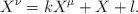
LaTeX: \begin{align*}X^{\nu}=kX^{\mu}+X+l.\end{align*}